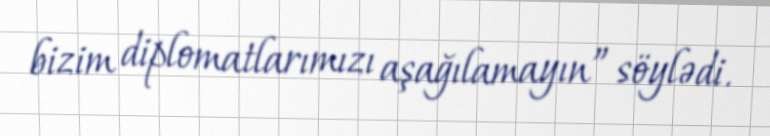
bizim diplomatlarımızı aşağılamayın” söylədi.